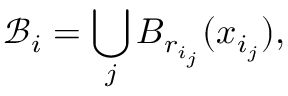
\mathcal { B } _ { i } = \bigcup _ { j } B _ { r _ { i _ { j } } } ( x _ { i _ { j } } ) ,